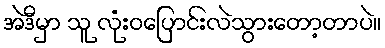
အဲဒီမှာ သူ လုံးဝပြောင်းလဲသွားတော့တာပဲ။